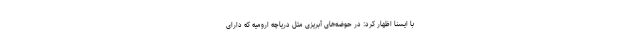
با ایسنا اظهار کرد: در حوضه‌های آبریزی مثل دریاچه ارومیه که دارای